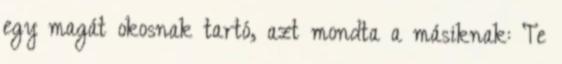
egy magát okosnak tartó, azt mondta a másiknak: Te